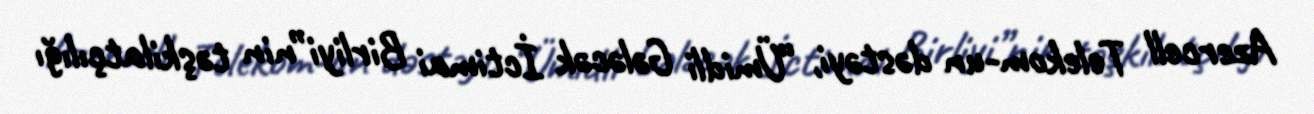
Azercell Telekom-un dəstəyi, “Ümidli Gələcək İctimai Birliyi”nin təşkilatçılığı